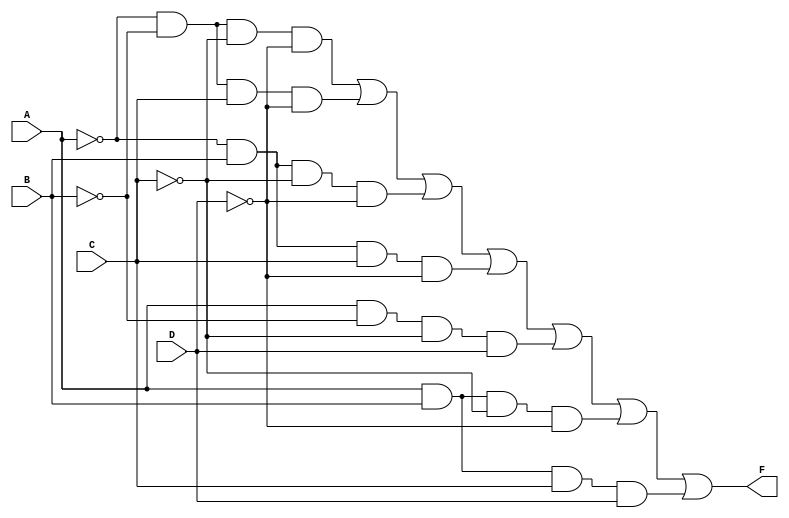
module combinational_logic (
    input wire A,  // Input variable A
    input wire B,  // Input variable B
    input wire C,  // Input variable C
    input wire D,  // Input variable D
    output wire F  // Output variable F
);

    // Internal signals for the minterms
    wire term1 = ~A & ~B & ~C & ~D;  // A'B'C'D'
    wire term2 = ~A & ~B &  C & ~D;  // A'B'C'D
    wire term3 = ~A &  B & ~C & ~D;  // A'BC'D'
    wire term4 = ~A &  B &  C & ~D;  // A'BCD'
    wire term5 =  A & ~B & ~C &  D;  // AB'C'D
    wire term6 =  A &  B & ~C & ~D;  // ABC'D
    wire term7 =  A &  B &  C &  D;  // ABCD

    // Final output F is the OR of all the minterms
    assign F = term1 | term2 | term3 | term4 | term5 | term6 | term7;

endmodule